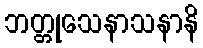
ဘတ္တုသေနာသနာနိ